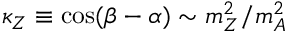
\kappa _ { Z } \equiv \cos ( \beta - \alpha ) \sim m _ { Z } ^ { 2 } / m _ { A } ^ { 2 }